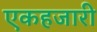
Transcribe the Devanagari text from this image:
एकहजारी